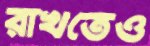
রাখতেও